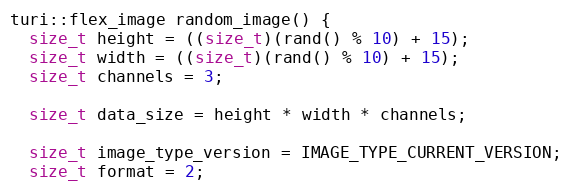
Language: C++
turi::flex_image random_image() {
  size_t height = ((size_t)(rand() % 10) + 15);
  size_t width = ((size_t)(rand() % 10) + 15);
  size_t channels = 3;

  size_t data_size = height * width * channels;

  size_t image_type_version = IMAGE_TYPE_CURRENT_VERSION;
  size_t format = 2;